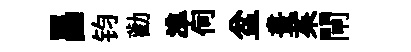
昌钧勸準伺盆畫茱閘